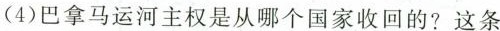
(4)巴拿马运河主权是从哪个国家收回的?这条